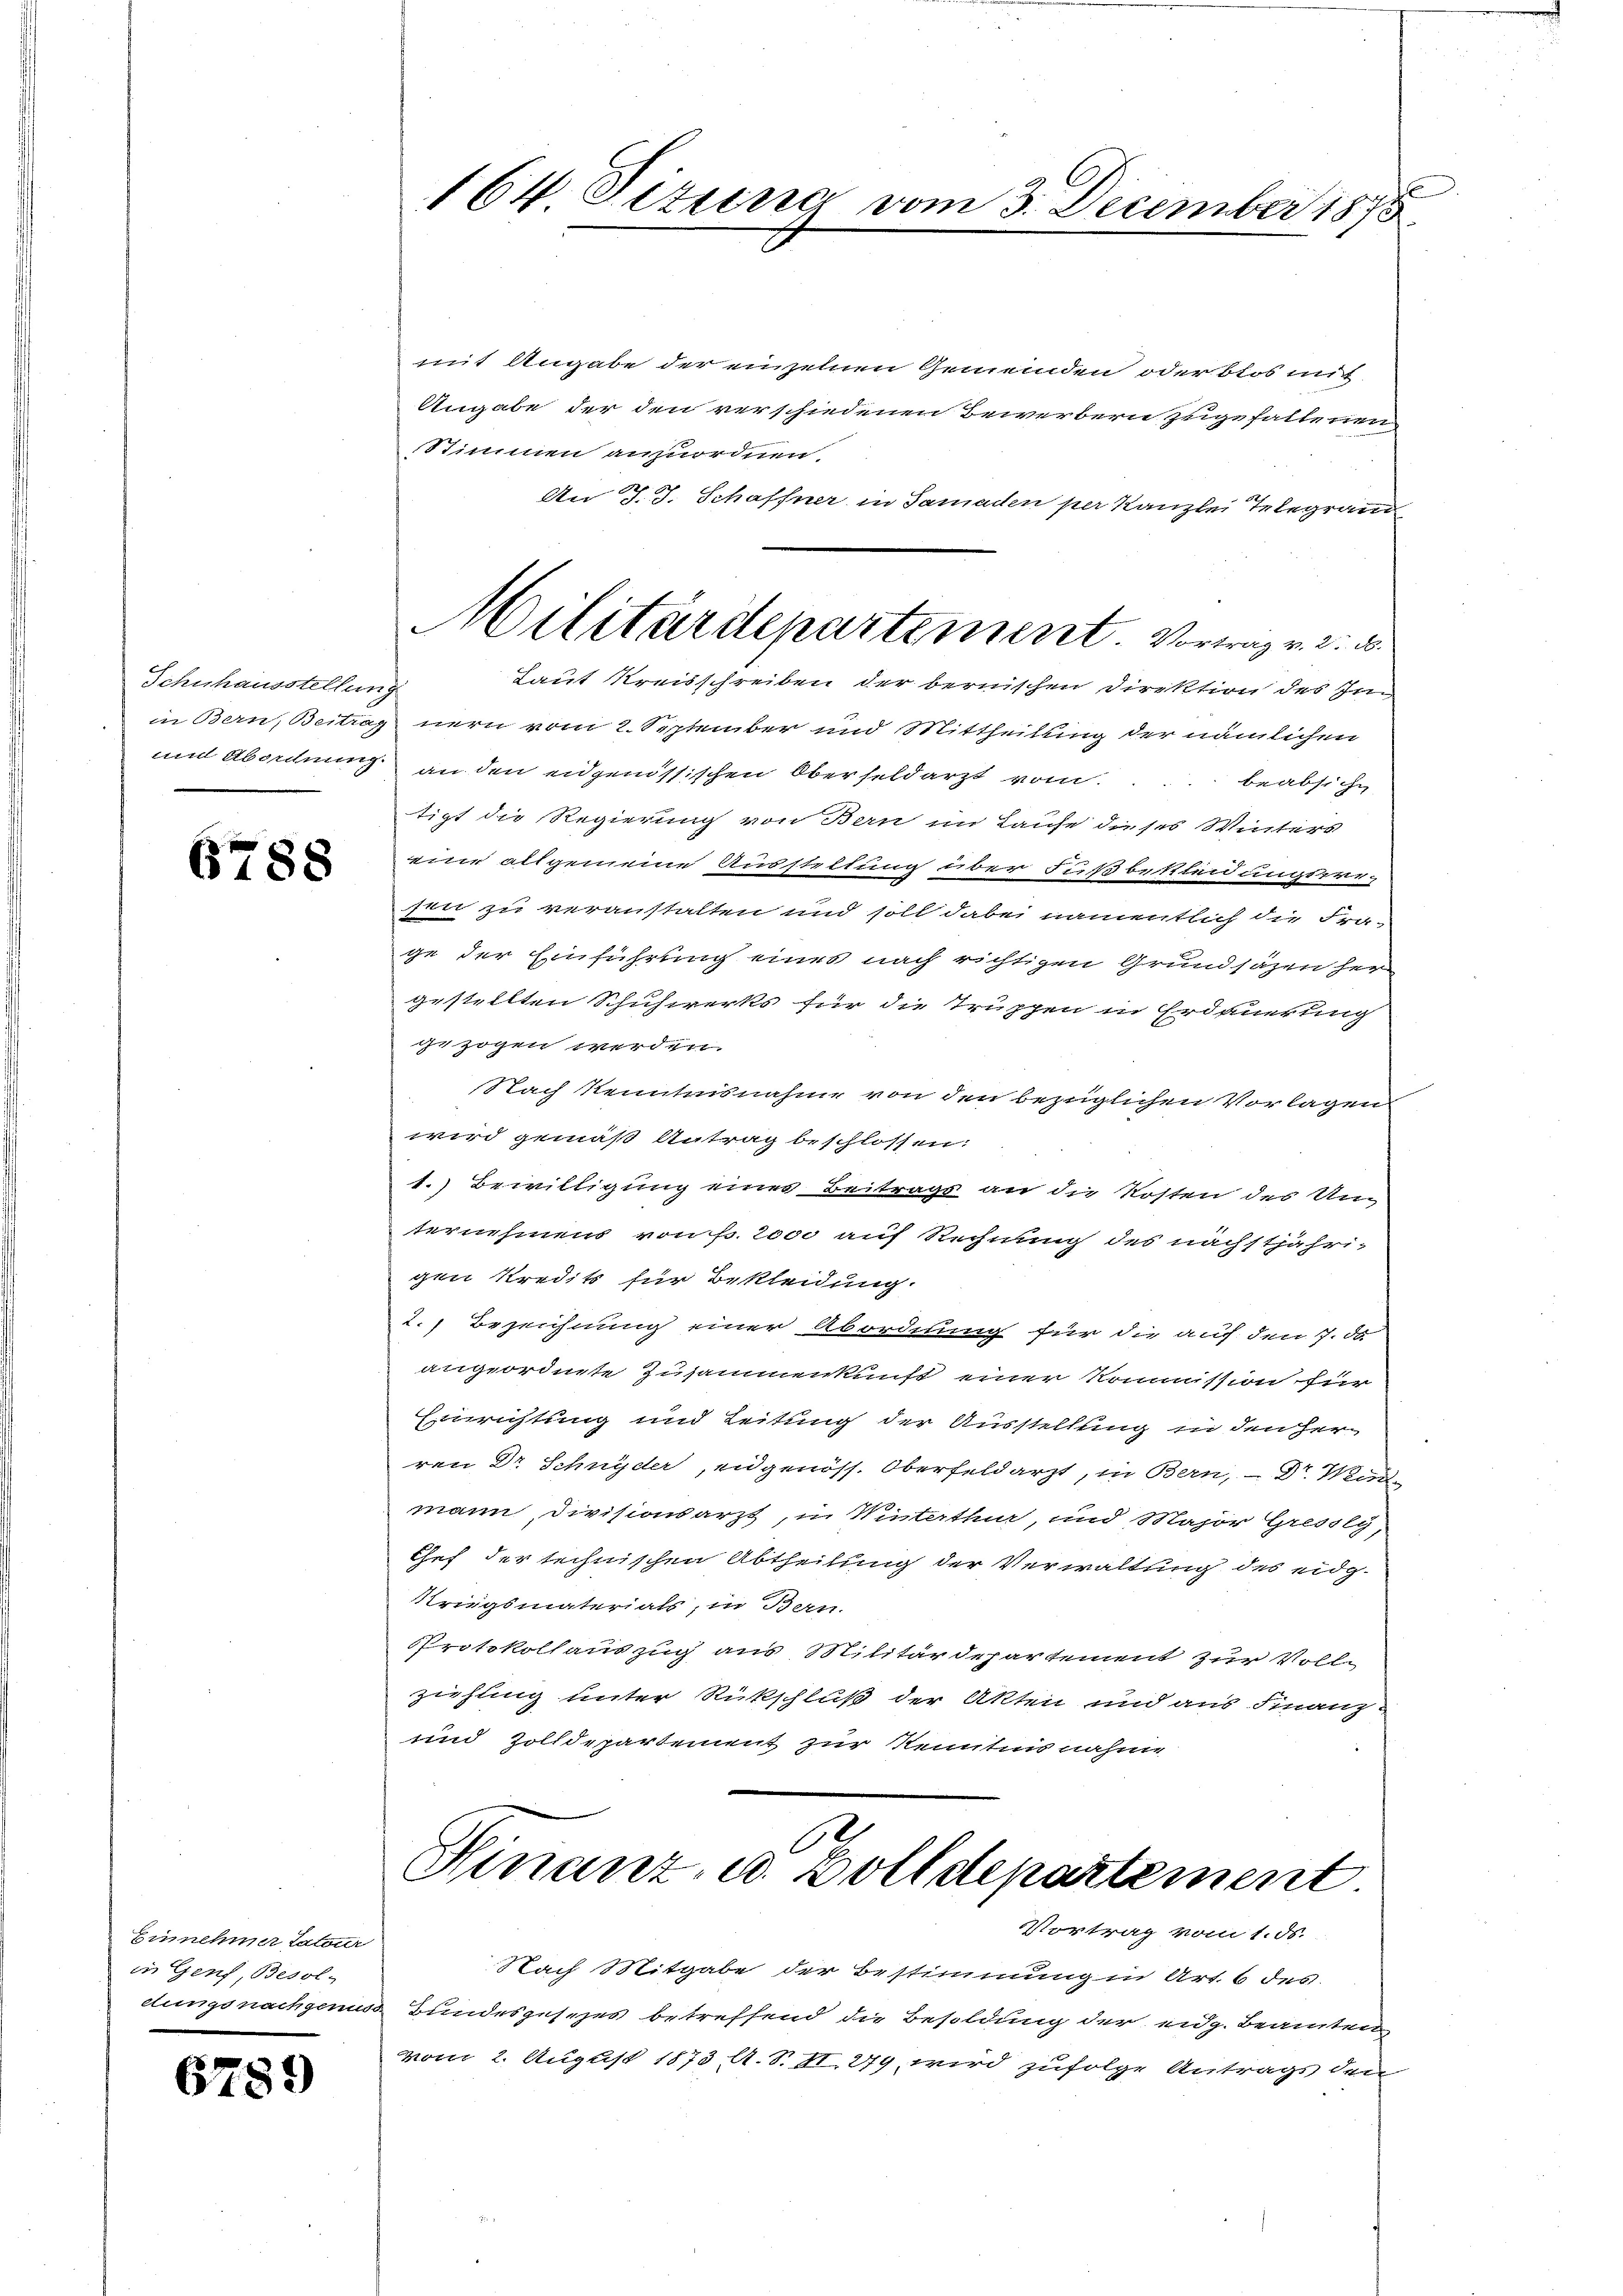
Schuhausstellung
und Absichnung

6788

Einnehmer tateur
in Genf, Besol-
dungs nachgenus

678

)

164 Titung vom 3. December 1875

mit Angabe der einzelnen Gemeinden oder blos mit
Angabe der den verschiedenen Bewerbern zugefallenen
Stimmen anzuordnen.
An J. J. Schaffner in Samaden per Kanzlei Telegram
Taut Kreisschreiben der bernischen Direktion des Im
in Bern, Beitrag nern vom 2. September und Mittheilung der nämlichen
an den eidgenössischen Oberseldarzt vom beabsiche
tigt die Regierung von Bern im Laufe dieses Winters
eine allgemeine Ausstellung über Fußbekleidungspre-
sen zu veranstalten und soll dabei namentlich die Frage der Einführung eines nach richtigen Grundsäzen her
gestellten Schuhwerks für die Truppen in Erdauerung
ise zogen werden.
Nach Kenntnisnahme von den bezüglichen Vorlagen
wird gemäß Antrag beschlossen:
1.) Bewilligung eines Beitrags an die Kosten des Unternehmens von f. 2000 auf Rechnung des nächstjähri-
gen Kredits für Bekleidung.
2. Bezeichnung einer Abordnung für die auf den 7. ds
angeordnete Zusammenkunft einer Kommission für
Einrichtung und Leitung der Ausstellung in den Herren Dr Schnyder, eidgenöss. Oberfeldarzt, in Bern, Dr. Wird
mann, Divisionsarzt, in Winterthur, und Major Gressly,
Chef der technischen Abtheilung der Verwaltung des eidg¬
Kriegsmaterials, in Bern.
Protokollauszug aus Militärdepartement zur Voll-
ziehung unter Rückschluß der Akten und aus Finanz-
und Zolldepartement zur Kenntnis nahme

Militärdepartement. Vortrag v. 2. d.

Finanz- u. Bolldepartement

Vortrag vom 1. ds.
Nach Mitgabe der Bestimmung in Art. 6 des
 Bundesgesezes betreffend die Besoldung der eidg. Beamten
vom 2. August 1873 A. S. II. 279, wird zufolge Antrags den